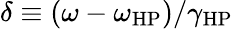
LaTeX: \delta\equiv\left(\omega-\omega_{\mathrm{HP}}\right)/\gamma_{\mathrm{HP}}